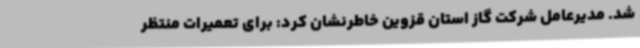
شد. مدیرعامل شرکت گاز استان قزوین خاطرنشان کرد: برای تعمیرات منتظر